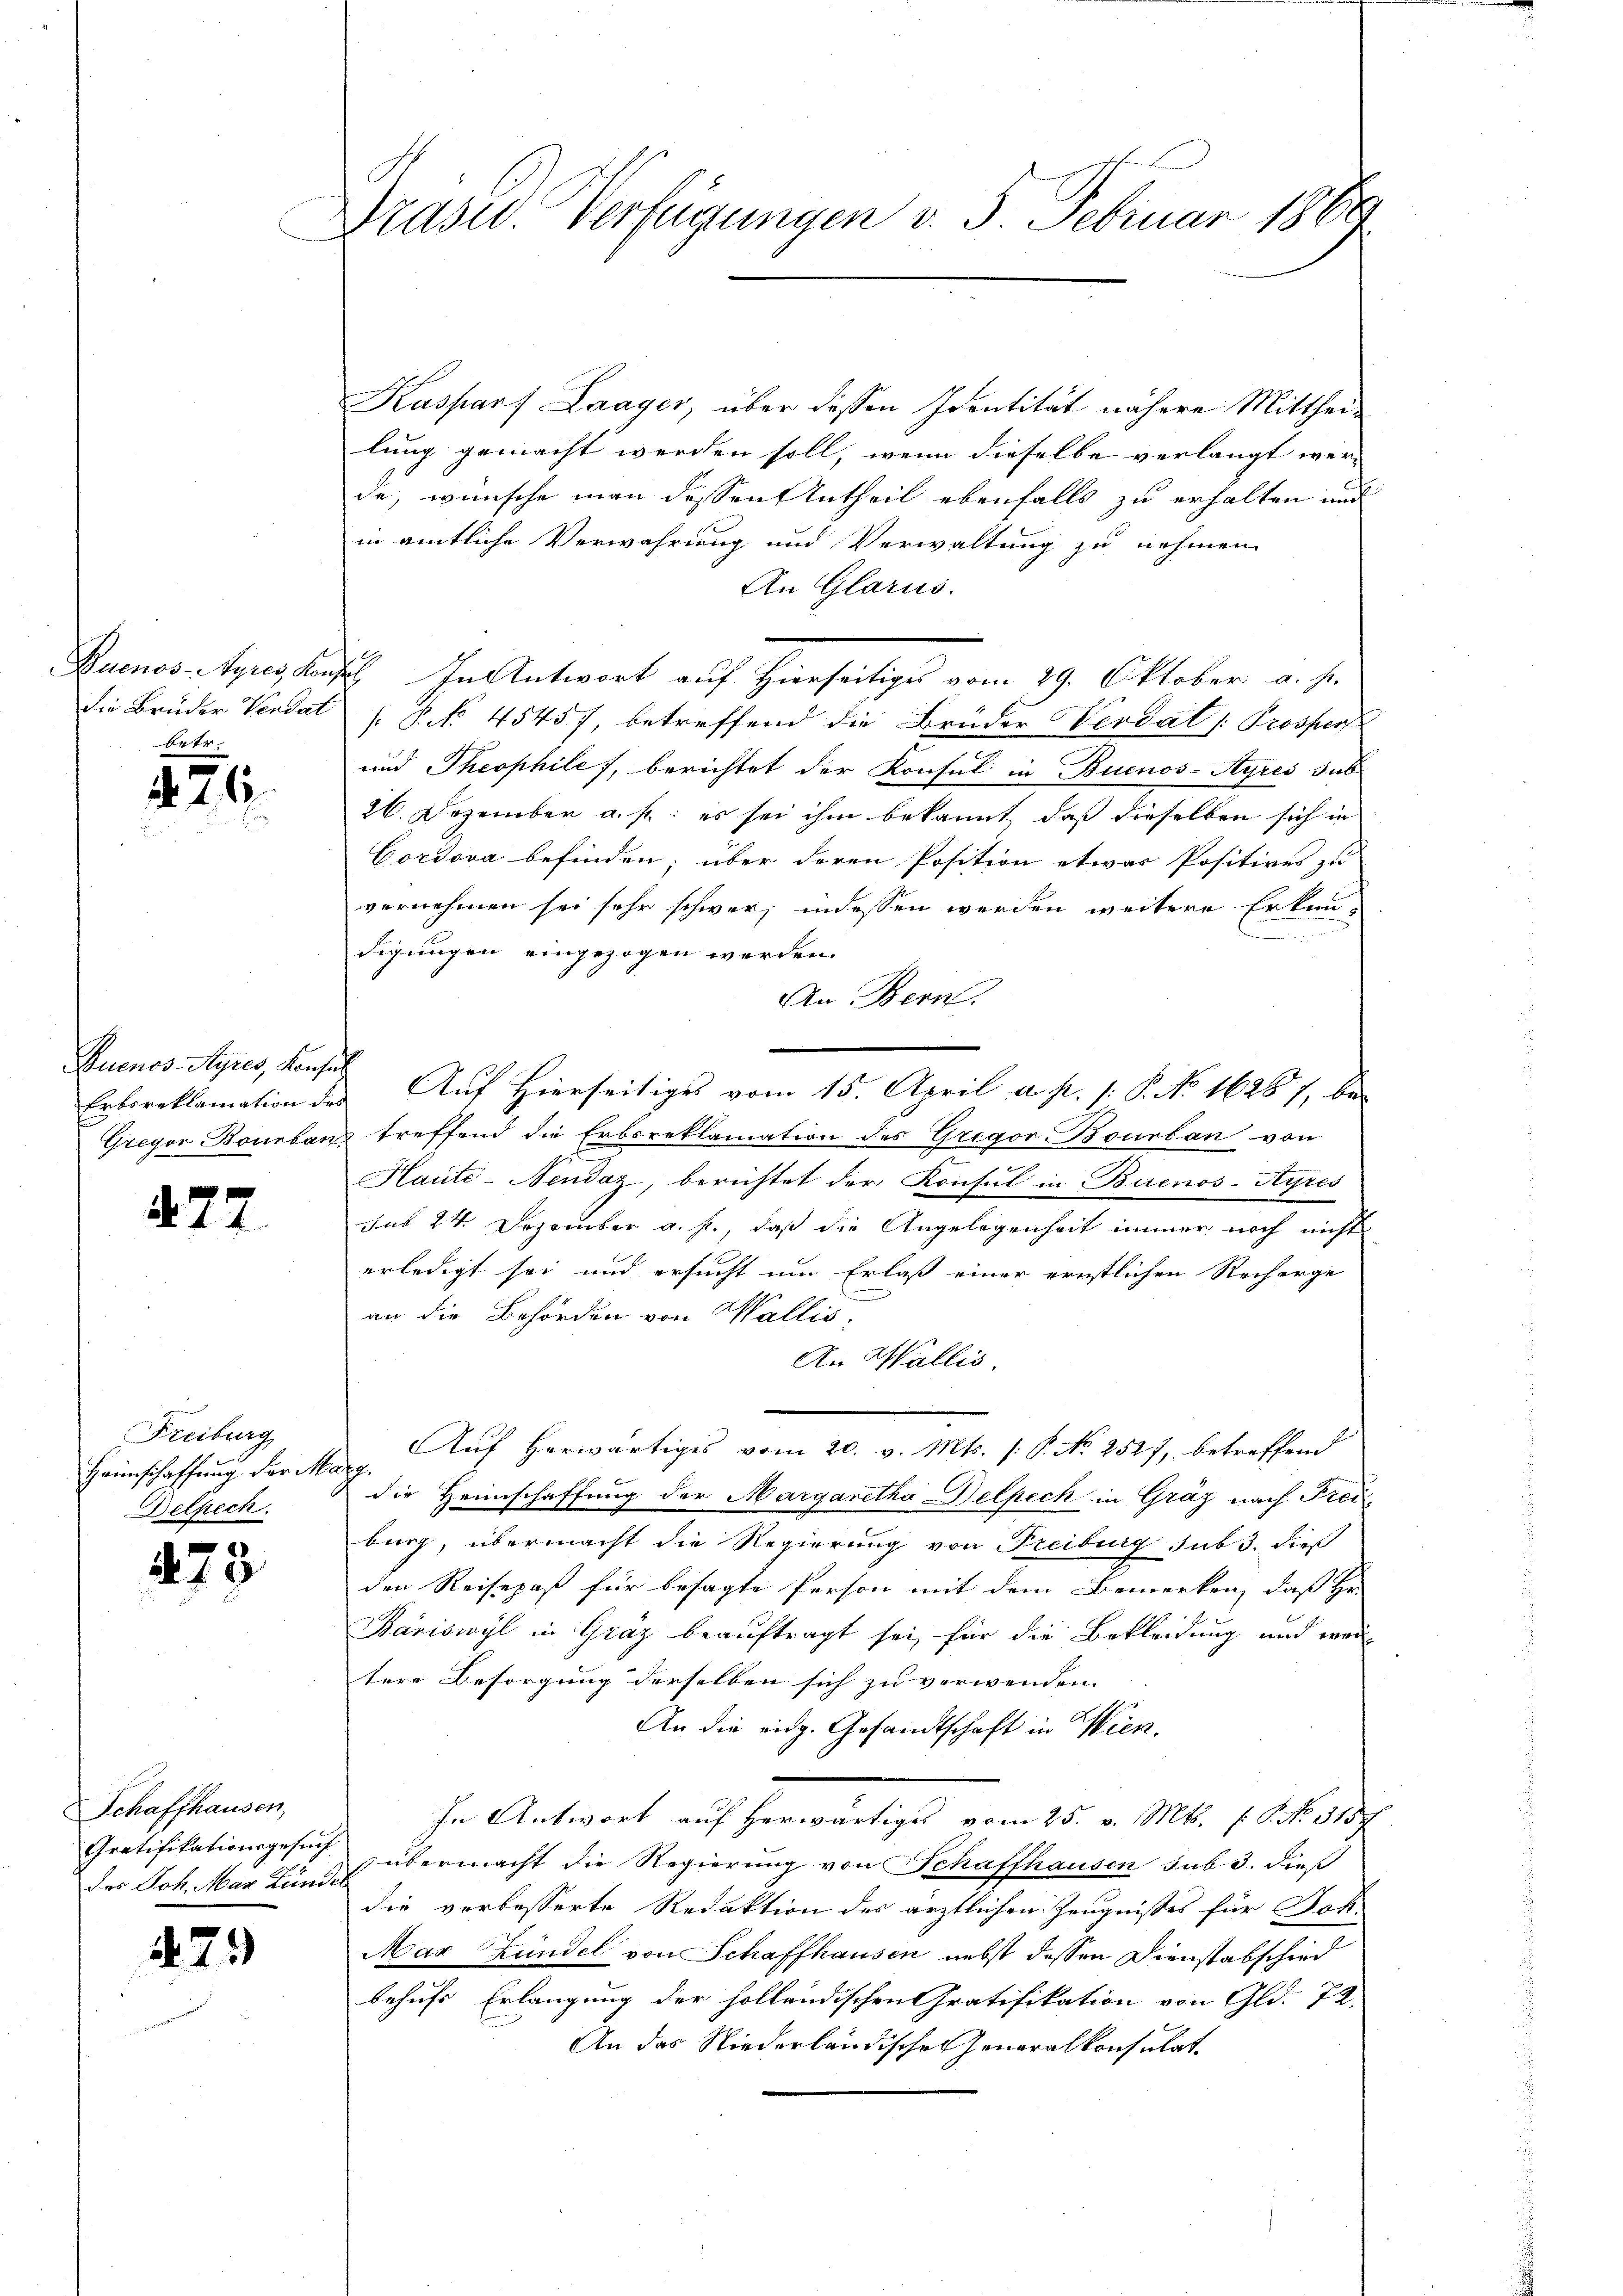
Buenos-Ayres, Kon-
44

426.

Buenos-Ayres, Konsul

477.

Freiburg
Heimschaffung der M
Delpech.

473

Schaffhausen,
des Joh. Mar Kunder

79

Drasw. Verfügungen v. 3. Februar 1889

Kasparf Laager, über dessen Identität nähere Mittheilung gemacht werden soll, wenn dieselbe verlangt wer- |
de, wünsche man dessen Antheil ebenfalls zu erhalten und
in amtliche Verwahrung und Verwaltung zu nehmen
An Glarus.
. In Antwort auf Hierseitiges vom 29. Oktober v. J.
die Brüder Verdat P. No. 45457, betreffend die Brüder Verdat Prospers
und Theophiles, berichtet der Konsul in Buenos-Ayres sub
26. Dezember a. f.: es sei ihm bekannt, daß dieselben sich in
Cordova befinden; über deren Position etwas Positives zu
vernehmen sei sehr schwer, indessen werden weitere Erkundigungen eingezogen werden.
An Bern.
Erboreklamation des Auf Hierseitiges vom 15. April a. p. /: P. No 16267, bei
Gregor Bourbanz treffend die Erbsreklamation des Gregor Bourban von
Hauté-Nendaz, berichtet der Konsul in Buenos-Ayres
sub 24 Dezember a. f., daß die Angelegenheit immer noch nicht
erledigt sei und ersucht um Erlaß einer ernstlichen Recharge
an die Behörden von Wallis,
An Wallis
Auf herwärtiges vom 20. v. Mts. (: P. No 2527, betreffend
h.
die Heimschaffung der Margaretha-Belpeck in Gräz nach Frei
burg, übermacht die Regierung von Freiburg sub 3. dieß
den Reisepaß für besagte Person mit dem Bemerken, daß Hr
Bäriswyl in Graz beauftragt sei, für die Bekleidung und wor
tere Besorgung derselben sich zu verwenden. |
An die eidg. Gesandtschaft in Wien.
In Antwort auf herwärtiges vom 25. v. Mts. 1. Okt. 187
Gratifikationsgesuch übermacht die Regierung von Schaffhausen sub 3. dieß
die verbesserte Redaktion des ärztlichen Zeugnisses für Joh.
Max Zündel von Schaffhausen nebst dessen Dienstabschied
behufs Erlangung der holländischen Gratifikation von Gld. 72
An das Niederländischen Generalkonsulat